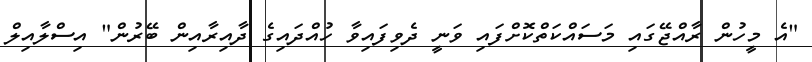
"އެ މީހުން ރާއްޖޭގައި މަސައްކަތްކޮށްފައި ވަނީ ދެވިފައިވާ ހުއްދައިގެ ދާއިރާއިން ބޭރުން" އިސްލާއިލް